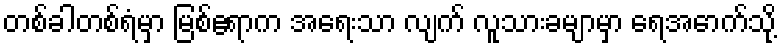
တစ်ခါတစ်ရံမှာ မြစ်ဧရာက အရေးသာ လျက် လူသားခမျာမှာ ရေအောက်သို့